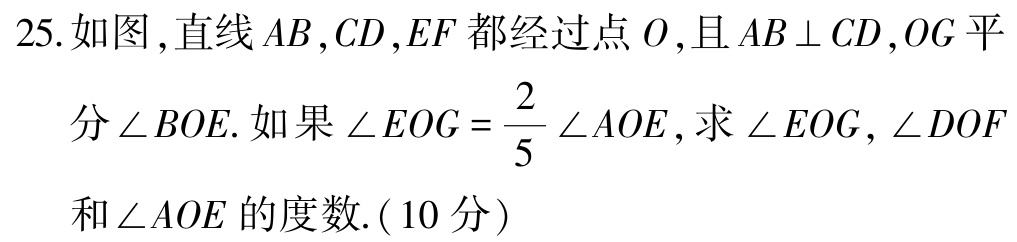
25. 如图,直线\(AB,CD,EF\)都经过点\(O\),且\(AB\perp CD\),\(OG\)平分\(\angle BOE\). 如果\(\angle EOG = \frac{2}{5}\angle AOE\),求\(\angle EOG,\angle DOF\)和\(\angle AOE\)的度数.(10分)